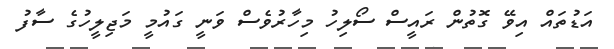
އަޑުތައް އިވޭ ގޮތުން ރައީސް ސޯލިހު މިހާރުވެސް ވަނީ ގައުމީ މަޖިލީހުގެ ސާފު